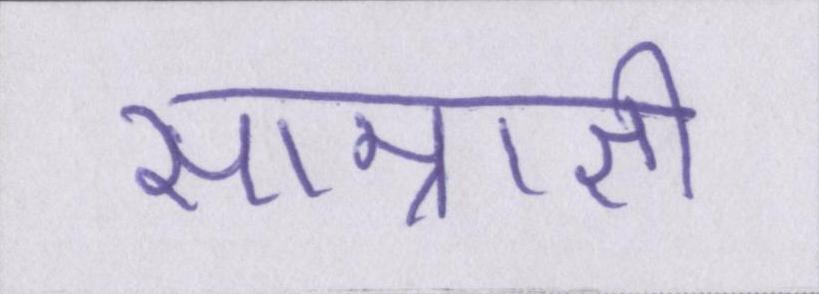
साम्राज्ञी